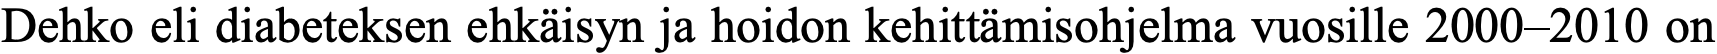
Dehko eli diabeteksen ehkäisyn ja hoidon kehittämisohjelma vuosille 2000–2010 on